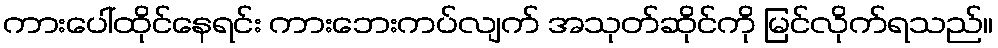
ကားပေါ်ထိုင်နေရင်း ကားဘေးကပ်လျက် အသုတ်ဆိုင်ကို မြင်လိုက်ရသည်။